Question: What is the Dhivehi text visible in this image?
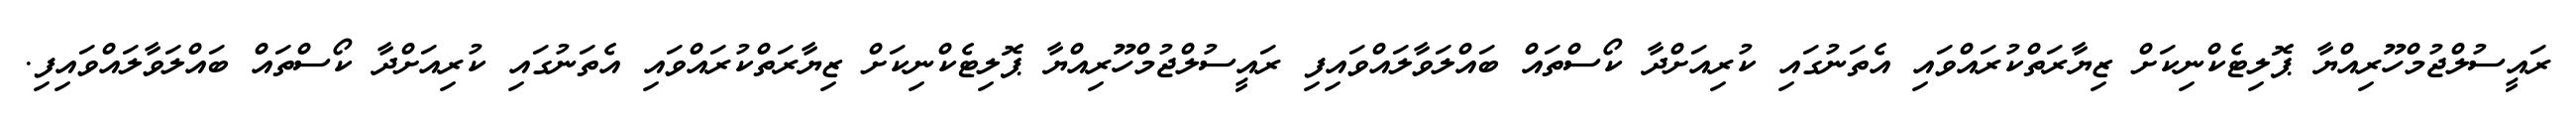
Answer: ރައީސުލްޖުމްހޫރިއްޔާ ޕޮލިޓެކްނިކަށް ޒިޔާރަތްކުރައްވައި އެތަނުގައި ކުރިއަށްދާ ކޯސްތައް ބައްލަވާލައްވައިފި ރައީސުލްޖުމްހޫރިއްޔާ ޕޮލިޓެކްނިކަށް ޒިޔާރަތްކުރައްވައި އެތަނުގައި ކުރިއަށްދާ ކޯސްތައް ބައްލަވާލައްވައިފި.